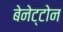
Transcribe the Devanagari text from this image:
बेनेट्टोन